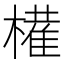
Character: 𫞐